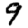
Digit: 9